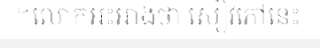
។លោកអះអាងថា សៀវភៅនេះ